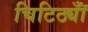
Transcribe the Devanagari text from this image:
चिटिठ्यॉँ